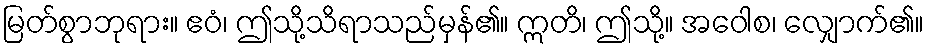
မြတ်စွာဘုရား။ ဧဝံ၊ ဤသို့သိရာသည်မှန်၏။ ဣတိ၊ ဤသို့။ အဝေါစ၊ လျှောက်၏။